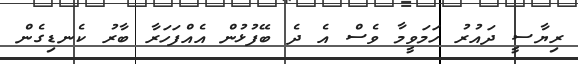
ރިޔާސީ ދައުރު ހަމަވީމާ ވެސް އެ ދެ ބޭފުޅުން އެއްފަހަރާ ބާރު ކެނޑިގެން